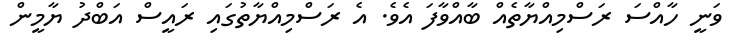
ވަނީ ހާއްސަ ރަސްމިއްޔާތެއް ބާއްވާފަ އެވެ. އެ ރަސްމިއްޔާތުގައި ރައީސް އަބްދު ޔާމީން